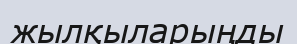
жылқыларыңды